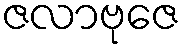
ဇလာဗုဇေ